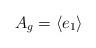
LaTeX: \begin{align*} A_g=\langle e_1 \rangle \end{align*}